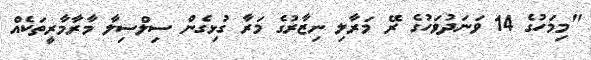
"މިމަހުގެ 14 ވަނަދުވަހުގެ ރޭ މަރާލި ނިޒާރުގެ މަރާ ގުޅިގެން ސިލްސިލާ މާރާމާރީތަކެއް